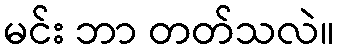
မင်း ဘာ တတ်သလဲ။